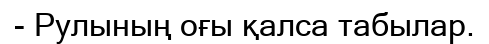
- Рулының оғы қалса табылар.